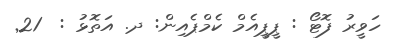
ހަވީރު ފޮޓޯ : ޕީޕީއެމް ކެމްޕެއިން: ދ. އަތޮޅު :  21